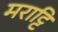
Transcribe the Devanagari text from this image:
मराट्टि